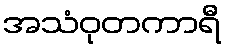
အသံဝုတကာရီ